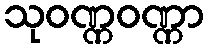
သုဝဏ္ဏဝဏ္ဏာ